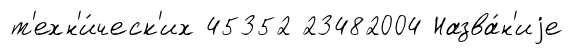
т'ехн'и́ческ'их 45352 23482004 Назва́н'иjе